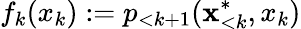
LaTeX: f_{k}(x_{k}):=p_{<k+1}(\mathbf{x}_{<k}^{*},x_{k})